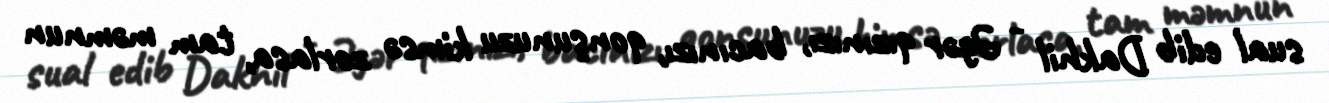
sual edib Dakhil - Əgər qızınızı, bacınızı, qonşunuzu kimsə zorlasa, tam məmnun